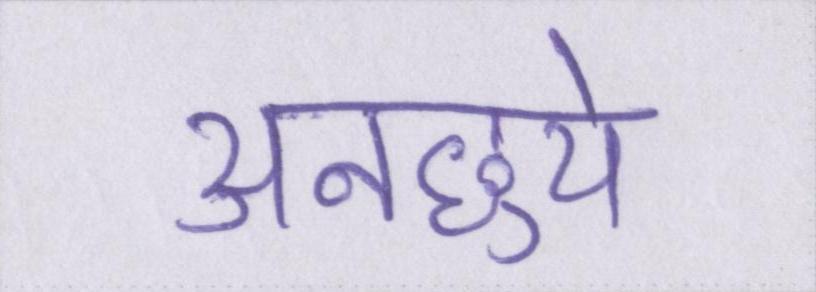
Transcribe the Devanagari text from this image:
अनछुये